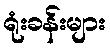
ရုံးခန်းများ